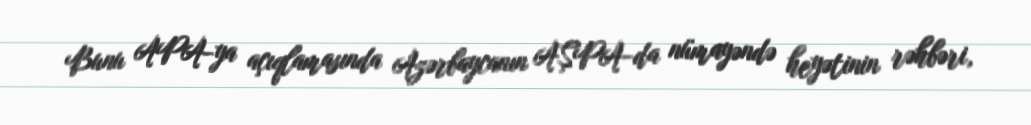
Bunu APA-ya açıqlamasında Azərbaycanın AŞPA-da nümayəndə heyətinin rəhbəri,